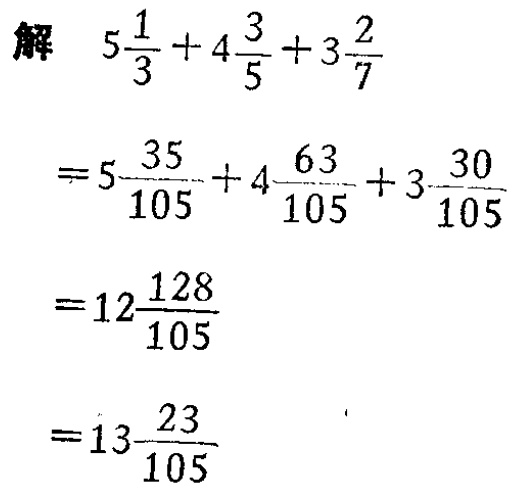
\[

\begin{align*}

&解\quad5\frac{1}{3}+4\frac{3}{5}+3\frac{2}{7}\\

&=5\frac{35}{105}+4\frac{63}{105}+3\frac{30}{105}\\

&=12\frac{128}{105}\\

&=13\frac{23}{105}

\end{align*}

\]